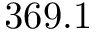
3 6 9 . 1